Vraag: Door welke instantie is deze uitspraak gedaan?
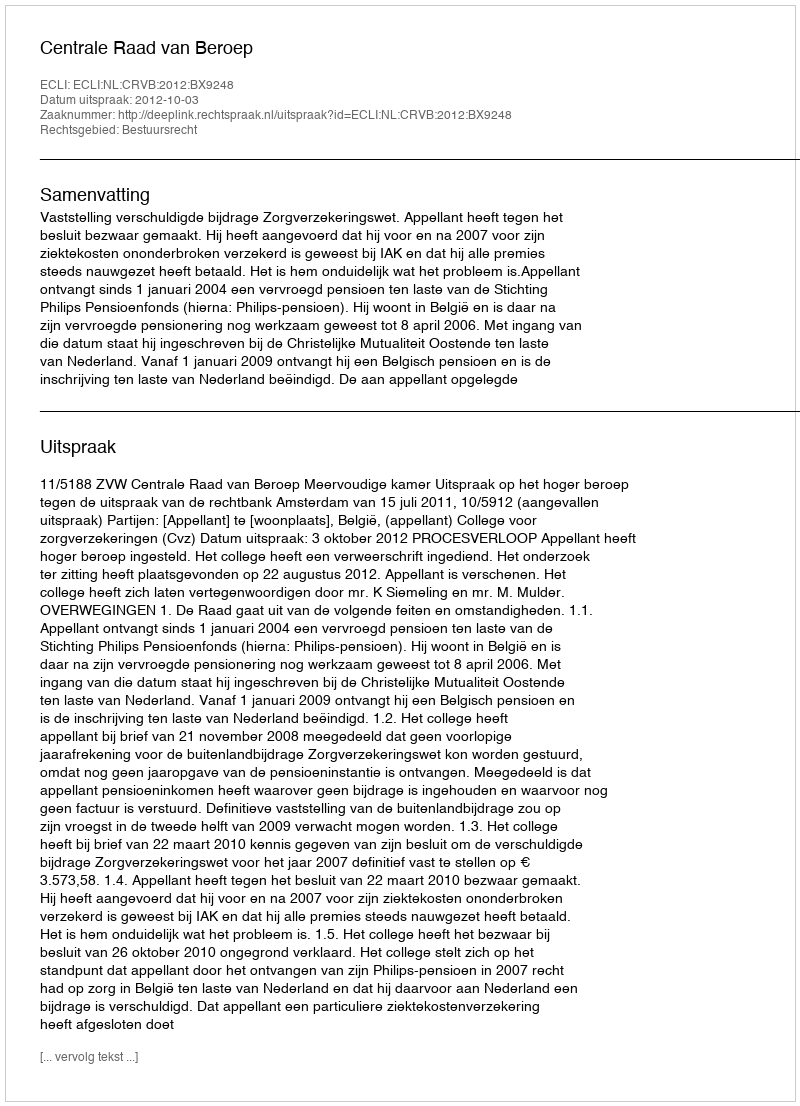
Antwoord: Centrale Raad van Beroep